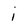
Character: i